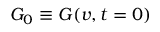
G _ { 0 } \equiv G ( v , t = 0 )